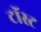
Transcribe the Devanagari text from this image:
टॉस्ट